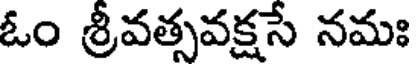
ఓం శ్రీవత్సవక్షసే నమః